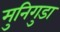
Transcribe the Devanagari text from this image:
मुनिगुडा